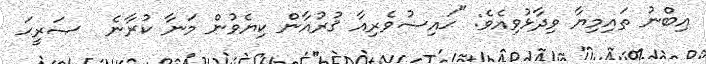
އިބްނު ތައިމިޔާ ވިދާޅުވިއެވެ: "ޙައިޟުވެރިއާ ޤުރުއާން ކިޔެވުން މަނާ ކުރާނެ  ޞަރީޙަ